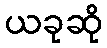
ယခုဆို